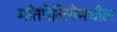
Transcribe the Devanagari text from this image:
माँतपेलियेमधील